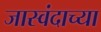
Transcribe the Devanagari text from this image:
जास्वंदाच्या